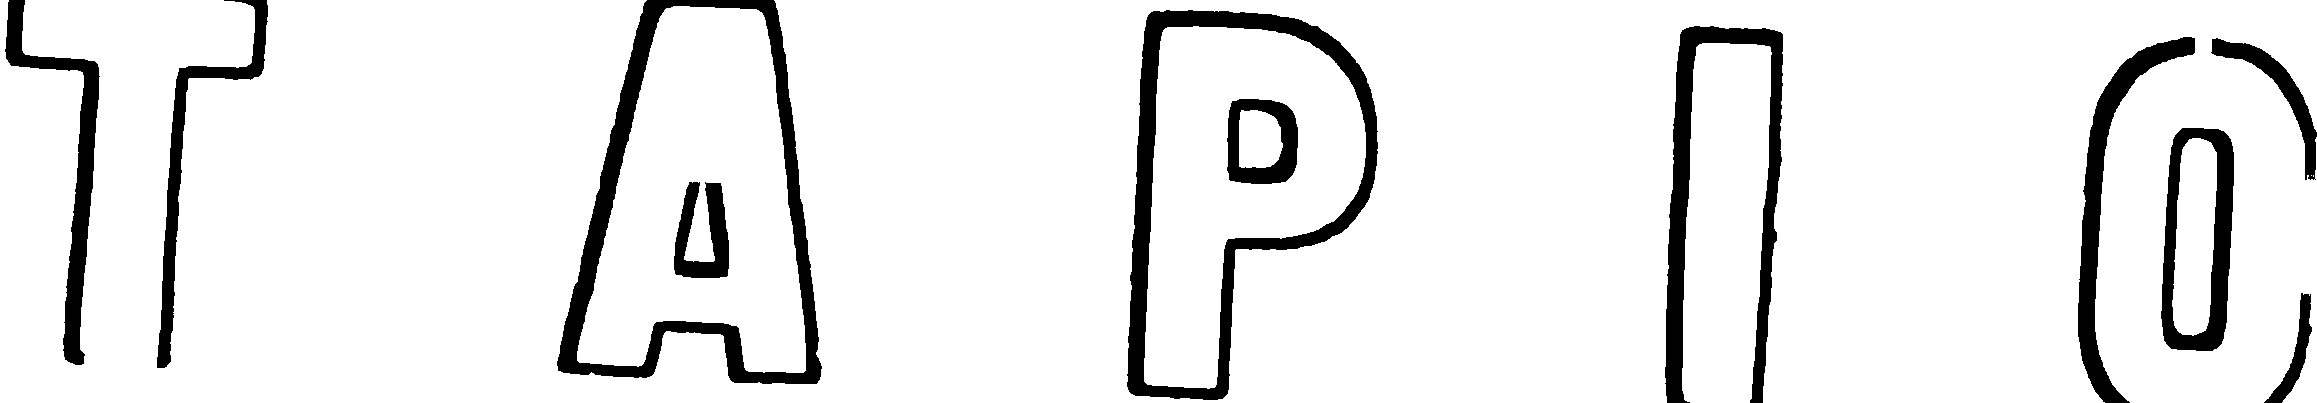
TAPIO